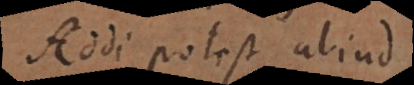
ddi potest aliud